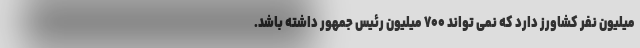
میلیون نفر کشاورز دارد که نمی تواند ۷۰۰ میلیون رئیس جمهور داشته باشد.